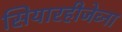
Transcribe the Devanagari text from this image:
सियारहीजेव्ना